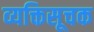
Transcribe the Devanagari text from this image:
व्यक्तिसूचक